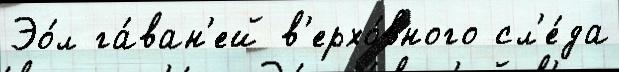
Эо́л га́ван'ей в'ерхо́вного сл'е́да